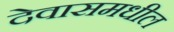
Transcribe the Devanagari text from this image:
देवासमधील